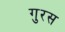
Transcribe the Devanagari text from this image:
गुरस